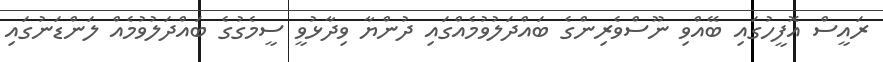
ރައީސް އޮފީހުގައި ބޭއްވި ނޫސްވެރިންގެ ބައްދަލުވުމެއްގައި ދުންޔާ ވިދާޅުވީ ސީމެގުގެ ބައްދަލުވުމެއް ލަންޑަނުގައި